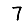
Digit: 7